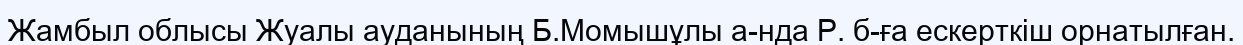
Жамбыл облысы Жуалы ауданының Б.Момышұлы а-нда Р. б-ға ескерткіш орнатылған.